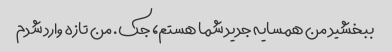
ببخشید من همسایه جدید شما هستم، جک. من تازه وارد شدم